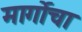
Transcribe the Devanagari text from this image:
मार्गोचा